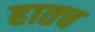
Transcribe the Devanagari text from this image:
हातच